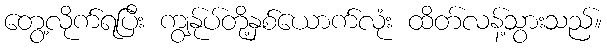
တွေ့လိုက်ရပြီး ကျွန်ုပ်တို့နှစ်ယောက်လုံး ထိတ်လန့်သွားသည်။